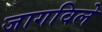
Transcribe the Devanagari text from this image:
जागविले